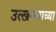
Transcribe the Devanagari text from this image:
उत्खननाच्या